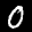
Label: 0